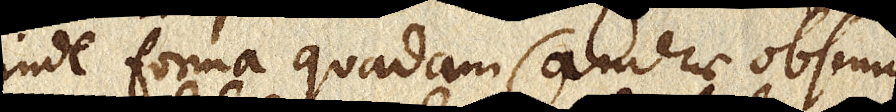
inde forma quadam Camerae obscurae